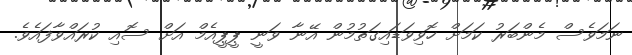
ނަމަވެސް މެންބަރު ކަމަށް ހޮވިވަޑައިގަތުމުން އޭނާ ވަނީ ޕީޕީއެމް އަށް ސޮއި ކުރައްވާފައެވެ.